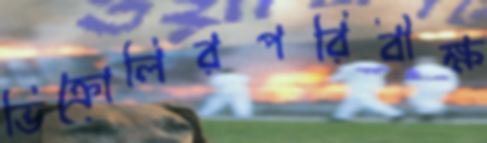
ভিক্রোলিরপরিবীক্ষ